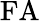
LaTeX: \mathrm{FA}